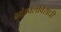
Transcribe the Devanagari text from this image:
भांडवलविरोधी